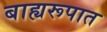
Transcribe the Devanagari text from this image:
बाह्यरूपात